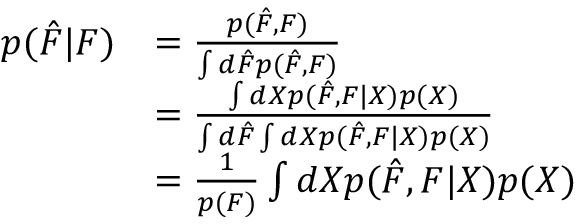
\begin{array} { r l } { p ( \hat { F } | F ) } & { = \frac { p ( \hat { F } , F ) } { \int d \hat { F } p ( \hat { F } , F ) } } \\ & { = \frac { \int d X p ( \hat { F } , F | X ) p ( X ) } { \int d \hat { F } \int d X p ( \hat { F } , F | X ) p ( X ) } } \\ & { = \frac { 1 } { p ( F ) } \int d X p ( \hat { F } , F | X ) p ( X ) } \end{array}